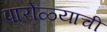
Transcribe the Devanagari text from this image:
पारोळ्याची